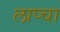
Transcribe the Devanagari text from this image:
लाप्चा